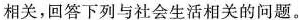
相关，回答下列与社会生活相关的问题。